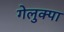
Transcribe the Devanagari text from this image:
गेलुक्पा